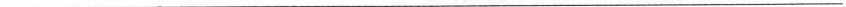
___